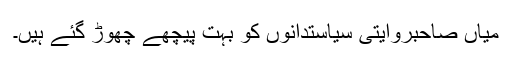
میاں صاحبروایتی سیاستدانوں کو بہت پیچھے چھوڑ گئے ہیں۔